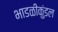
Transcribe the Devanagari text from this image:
भाडळीकुंडल